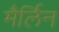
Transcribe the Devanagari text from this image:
मैर्लिन